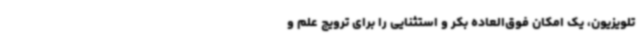
تلویزیون، یک امکان فوق‌العاده بکر و استثنایی را برای ترویج علم و